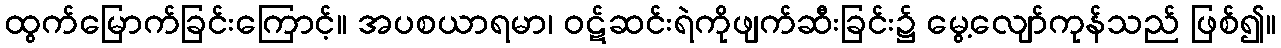
ထွက်မြောက်ခြင်းကြောင့်။ အပစယာရမာ၊ ဝဋ်ဆင်းရဲကိုဖျက်ဆီးခြင်း၌ မွေ့လျော်ကုန်သည် ဖြစ်၍။